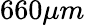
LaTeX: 660\mu m